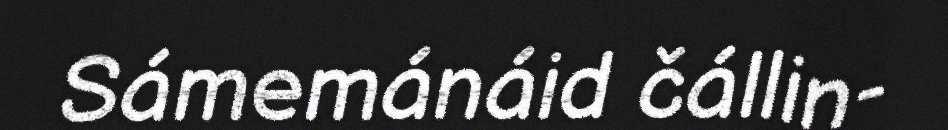
Sámemánáid čállin-